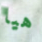
هيا